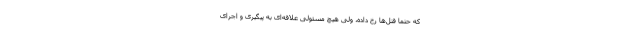
که حتماً قتل‌ها رخ داده، ولی هیچ مسئولی علاقه‌ای به پیگیری و اجرای